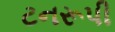
ટનરૂપી